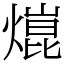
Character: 熴